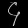
Digit: ၄